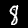
Label: 8